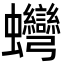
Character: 䘎